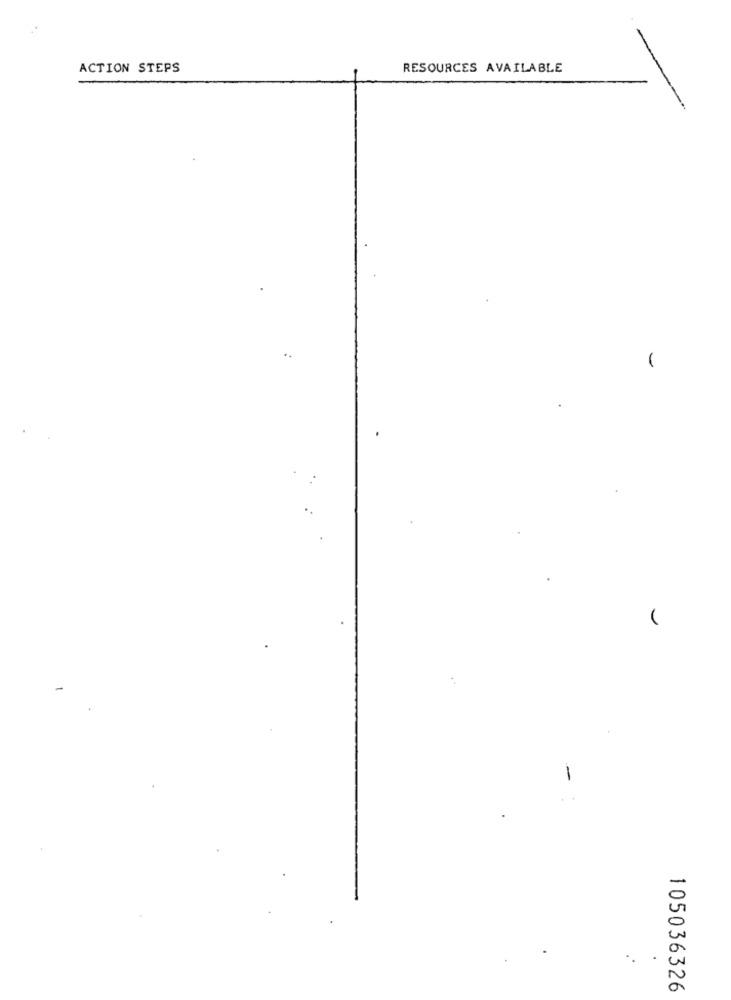
ACTION STEPS
RESOURCES AVAILABLE
105036326